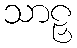
သာဠှ